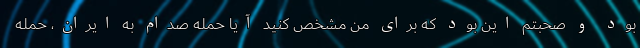
بود و صحبتم این بود که برای من مشخص کنید آیا حمله صدام به ایران، حمله